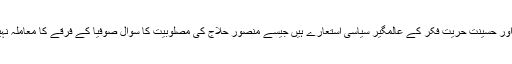
حسین اور حسینت حریت فکر کے عالمگیر سیاسی استعارے ہیں جیسے منصور حلاج کی مصلوبیت کا سوال صوفیا کے فرقے کا معاملہ نہیں رہا۔